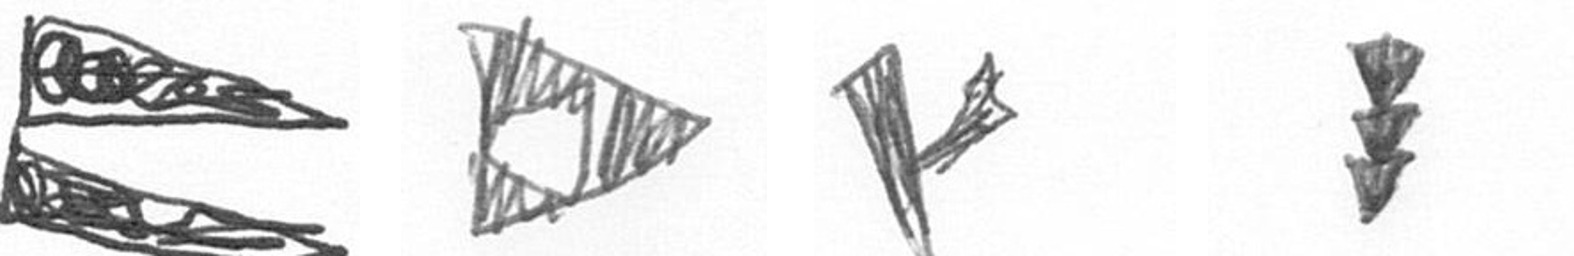
P K F E